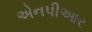
એનપીઆર